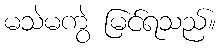
မသဲမကွဲ မြင်ရသည်။